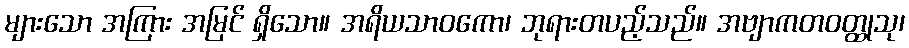
များသော အကြား အမြင် ရှိသော။ အရိယသာဝကော၊ ဘုရားတပည့်သည်။ အဗျာကတဝတ္ထုသု၊